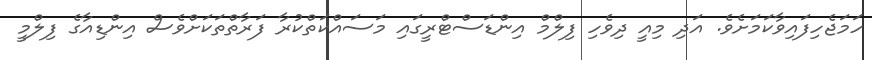
ހަމަޖެހިފައިވާކަމަށެވެ. އަދި މިއީ ދިވެހި ފިލްމް އިންޑަސްޓްރީގައި މަސައްކަތްކުރާ ފަރާތްތަކަށްވެސް އިންޑިއާގެ ފިލްމީ